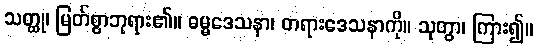
သတ္ထု၊ မြတ်စွာဘုရား၏။ ဓမ္မဒေသနာ၊ တရားဒေသနာကို။ သုတွာ၊ ကြား၍။